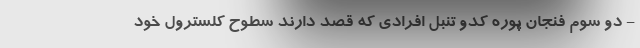
- دو سوم فنجان پوره کدو تنبل افرادی که قصد دارند سطوح کلسترول خود